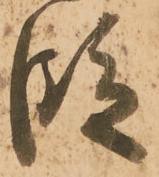
段